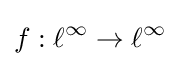
f:\ell ^{\infty }\to \ell ^{\infty }